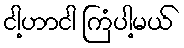
ငါ့ဟာငါ ကြံပါ့မယ်